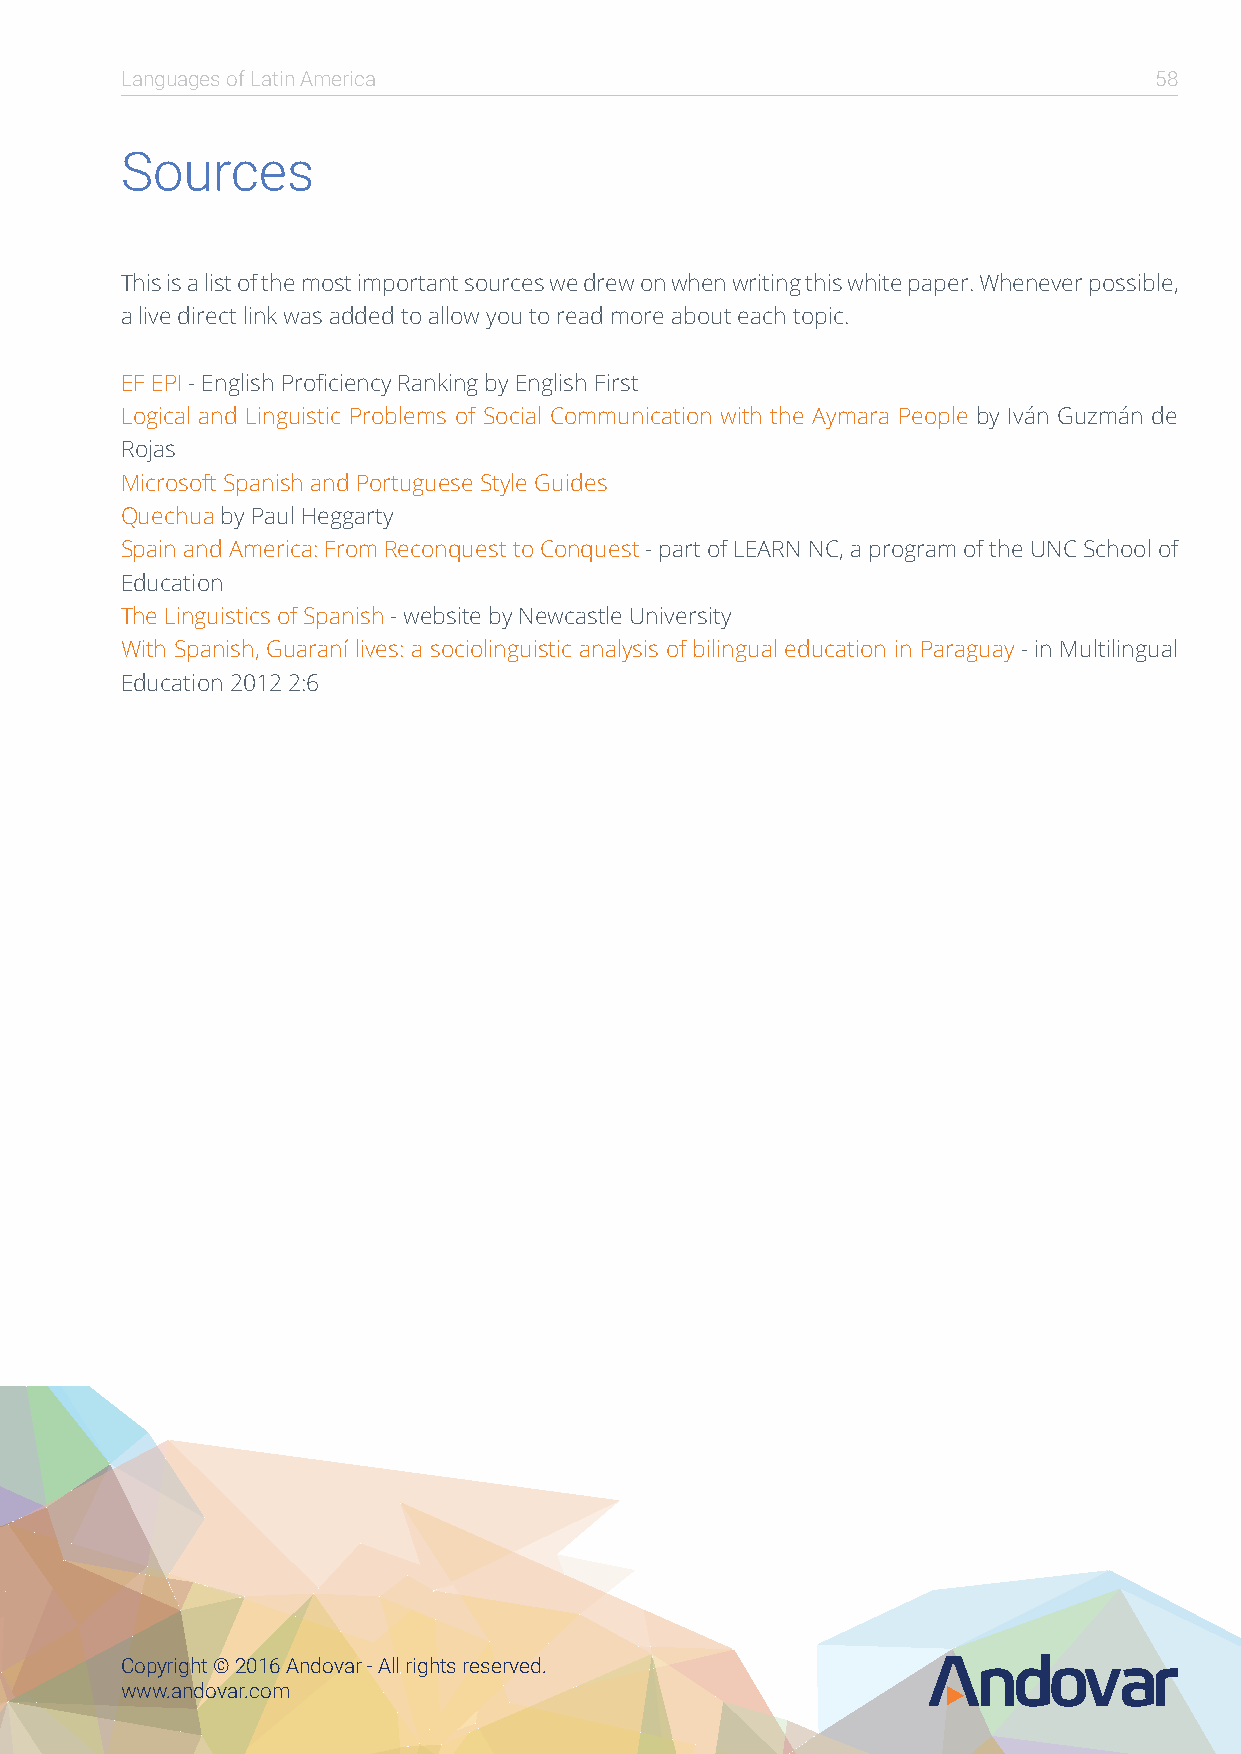
Languages of Latin America                                          58
 Sources
 This is a list of the most important sources we drew on when writing this white paper. Whenever possible,
 a live direct link was added to allow you to read more about each topic.
 EF EPI - English Proficiency Ranking by English First
 Logical and Linguistic Problems of Social Communication with the Aymara People by Iván Guzmán de
 Rojas
 Microsoft Spanish and Portuguese Style Guides
 Quechua by Paul Heggarty
 Spain and America: From Reconquest to Conquest - part of LEARN NC, a program of the UNC School of
 Education
 The Linguistics of Spanish - website by Newcastle University
 With Spanish, Guaraní lives: a sociolinguistic analysis of bilingual education in Paraguay - in Multilingual
 Education 2012 2:6
 Copyright © 2016 Andovar - All rights reserved.
 www.andovar.com